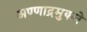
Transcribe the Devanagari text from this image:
अण्णाद्रमुकने